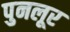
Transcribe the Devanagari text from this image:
पुनलूर